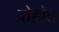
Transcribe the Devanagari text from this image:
दोहोत